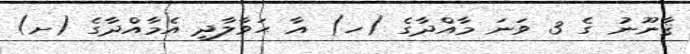
ޤާނޫނު ގެ 3 ވަނަ މާއްދާގެ (ހ) އާ ޙަވާލާދީ އެމާއްދާގެ (ށ)